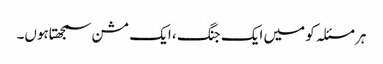
ہر مسئلہ کو میں ایک جنگ ، ایک مشن سمجھتاہوں۔